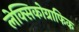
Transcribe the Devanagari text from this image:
लेक्सिकोग्राफिक